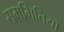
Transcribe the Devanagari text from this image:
सममितियों